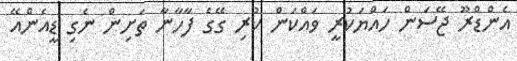
އެންޑްރޫ ޖޭސަން ހައްޔަކުރީ ވައްކަން ކުރި ގޭގެ ފާހާނާ ތަށިން ނެގި ޑީއެންއޭ